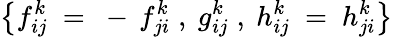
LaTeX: \left\{ f_{ij}^{k}\ =\ -\, f_{ji}^{k}\; ,\ g_{ij}^{k}\; ,\ h_{ij}^{k}\ =\ h_{ji}^{k}\right\}